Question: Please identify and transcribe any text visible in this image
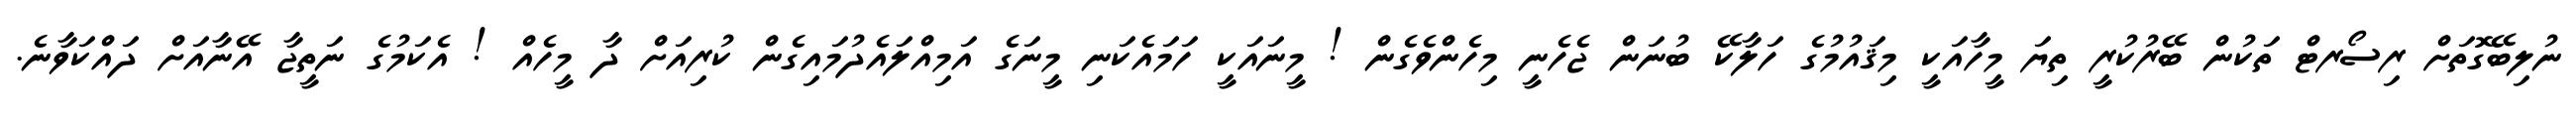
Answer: ނުލިބޭގޮތަށް ރިސޯރޓް ތަކުން ބޭރުކުރީ ތިޔަ މީހާއަކީ މިޤައުމުގެ ހަލާކޭ ބުނަން ޖެހެނީ މިހެންވެގެން ! މީނައަކީ ހަމައެކަނި މީނަގެ އަމިއްލައެދުމައިގެން ކުރިއަށް ދާ މީހެއް ! އެކަމުގެ ނަތީޖާ އޭނާއަށް ދައްކަވާނެ.